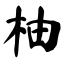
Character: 柚